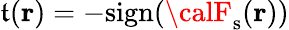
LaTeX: \mathfrak{t}(\textbf{{r}})=-{\mathrm{{sign}}}({\calF}_{\textrm{{s}}}(\textbf{{r}}))